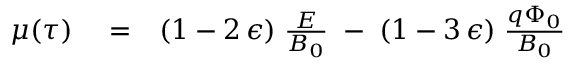
\begin{array} { r l r } { \mu ( \tau ) } & { { } = } & { ( 1 - 2 \, \epsilon ) \; \frac { \cal E } { B _ { 0 } } \; - \; ( 1 - 3 \, \epsilon ) \; \frac { q \Phi _ { 0 } } { B _ { 0 } } } \end{array}